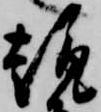
趣